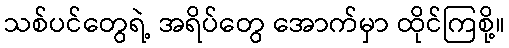
သစ်ပင်တွေရဲ့ အရိပ်တွေ အောက်မှာ ထိုင်ကြစို့။